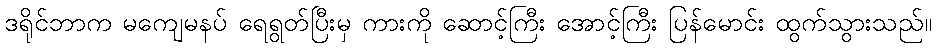
ဒရိုင်ဘာက မကျေမနပ် ရေရွတ်ပြီးမှ ကားကို ဆောင့်ကြီး အောင့်ကြီး ပြန်မောင်း ထွက်သွားသည်။